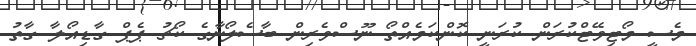
މެސީ މޯޓިވޭޓްކުރަން ކުރަނީ ކޮންކަމެއްތޯ ނޫސްވެރިން ބާސެލޯނާގެ ކޯޗު ޕެޕް ގާޑިއޯލާ ގާތު